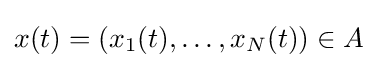
x(t)=(x_{1}(t),\ldots ,x_{N}(t))\in A